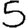
Digit: 5